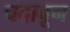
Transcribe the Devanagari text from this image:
चदावून